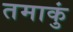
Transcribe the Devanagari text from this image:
तमाकुं